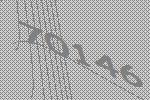
70146